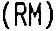
(RM)